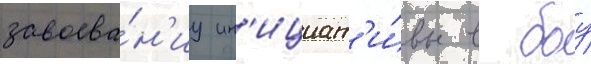
завоева́н'иу ин'ициат'и́вы в боу